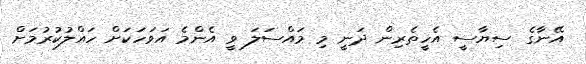
އޭނާގެ ސިޔާސީ އެހީތެރިން ދަނީ މި މައްސަލަ ވީ އެންމެ އަވަހަކަށް ހައްލުކުރުމަށް